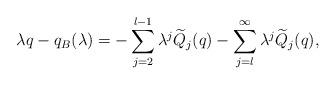
LaTeX: \begin{align*}{\lambda q}- { q}_{B}(\lambda ) = - \sum _{j=2}^{l-1} \lambda ^{j}{\widetilde{Q}_{j}(q)} -\sum _{j=l}^{\infty } \lambda ^{j}{\widetilde{Q}_{j}(q)},\end{align*}